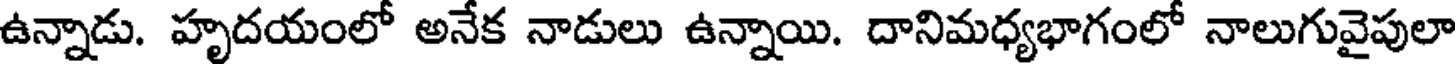
ఉన్నాడు. హృదయంలో అనేక నాడులు ఉన్నాయి. దానిమధ్యభాగంలో నాలుగువైపులా